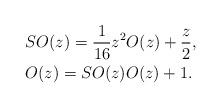
LaTeX: \begin{align*}\begin{aligned}& SO(z) = \frac{1}{16} z^2 O(z) + \frac{z}{2},\\& O(z) = SO(z) O(z) +1.\end{aligned}\end{align*}